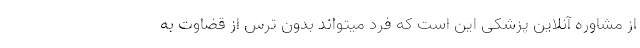
از مشاوره آنلاین پزشکی این است که فرد میتواند بدون ترس از قضاوت به